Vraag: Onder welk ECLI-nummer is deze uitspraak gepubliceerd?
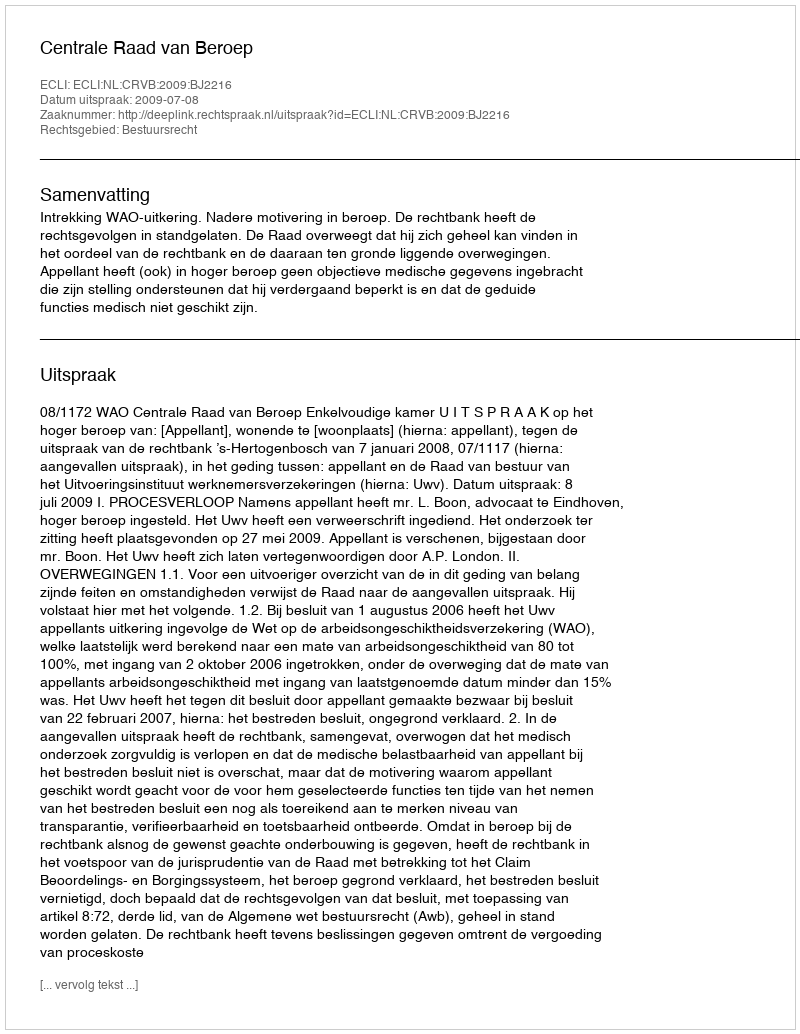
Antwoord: ECLI:NL:CRVB:2009:BJ2216